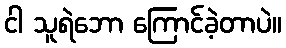
ငါ သူရဲဘော ကြောင်ခဲ့တာပဲ။